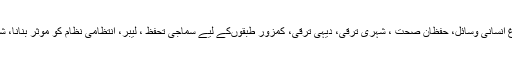
ان میں زراعت، توانائی، انفراسٹرکچر، سہولتیں مہیاکرنا، فروغ انسانی وسائل، حفظان صحت ، شہری ترقی، دیہی ترقی، کمزور طبقوںکے لیے سماجی تحفظ ، لیبر، انتظامی نظام کو مؤثر بنانا، شفافیت اور مؤثر بنائے جانے کے لیے نئی کوششوںکا ذکر تھا۔